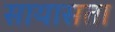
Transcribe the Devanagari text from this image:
सायासता